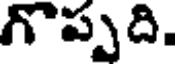
గొప్పది.